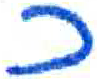
אות: כ